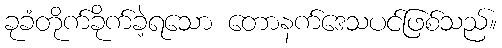
ခုခံတိုက်ခိုက်ခဲ့ရသော တောနက်ဒေသပင်ဖြစ်သည်။